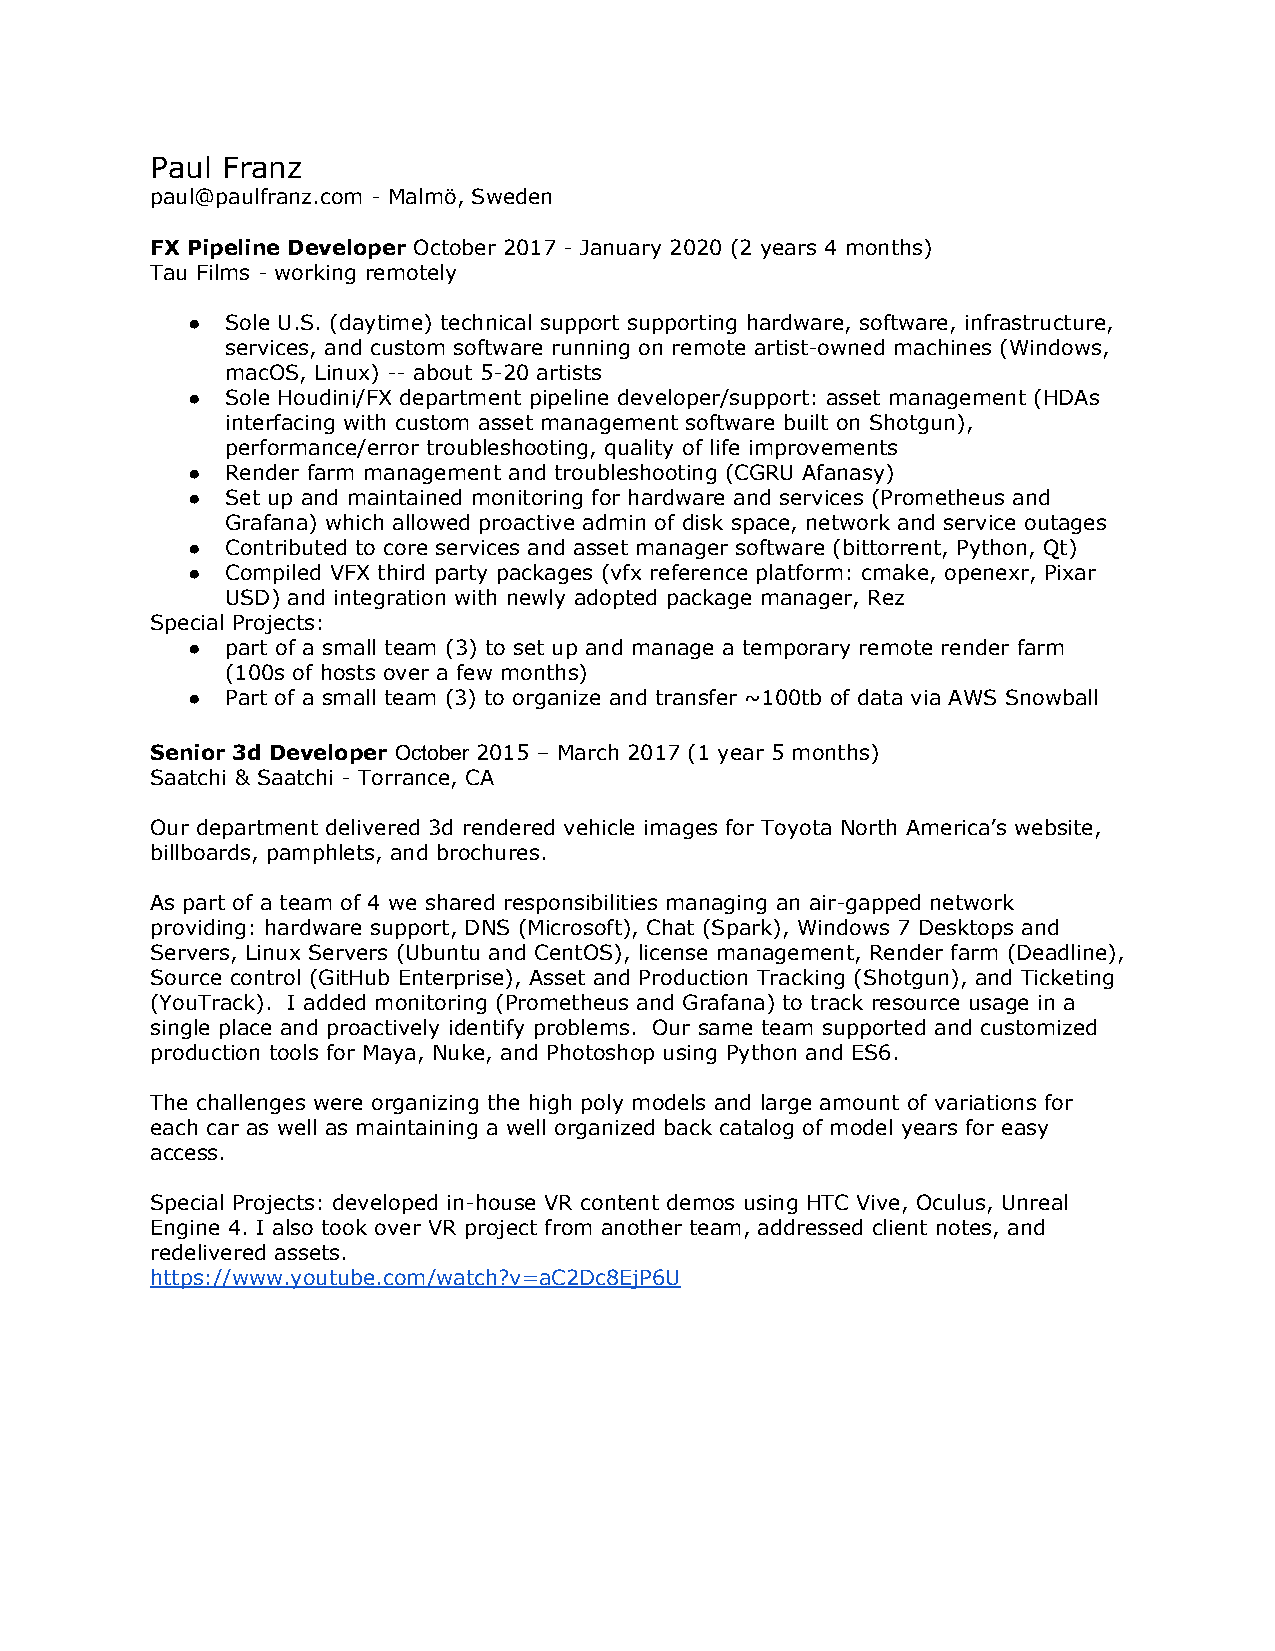
Paul Franz
 paul@paulfranz.com - Malmö, Sweden
 FX Pipeline Developer October 2017 - January 2020 (2 years 4 months)
 Tau Films - working remotely
 ●  Sole U.S. (daytime) technical support supporting hardware, software, infrastructure,
 services, and custom software running on remote artist-owned machines (Windows,
 macOS, Linux) -- about 5-20 artists
 ●  Sole Houdini/FX department pipeline developer/support: asset management (HDAs
 interfacing with custom asset management software built on Shotgun),
 performance/error troubleshooting, quality of life improvements
 ●  Render farm management and troubleshooting (CGRU Afanasy)
 ●  Set up and maintained monitoring for hardware and services (Prometheus and
 Grafana) which allowed proactive admin of disk space, network and service outages
 ●  Contributed to core services and asset manager software (bittorrent, Python, Qt)
 ●  Compiled VFX third party packages (vfx reference platform: cmake, openexr, Pixar
 USD) and integration with newly adopted package manager, Rez
 Special Projects:
 ●  part of a small team (3) to set up and manage a temporary remote render farm
 (100s of hosts over a few months)
 ●  Part of a small team (3) to organize and transfer ~100tb of data via AWS Snowball
 Senior 3d Developer October 2015 – March 2017 (1 year 5 months)
 Saatchi & Saatchi - Torrance, CA
 Our department delivered 3d rendered vehicle images for Toyota North America’s website,
 billboards, pamphlets, and brochures.
 As part of a team of 4 we shared responsibilities managing an air-gapped network
 providing: hardware support, DNS (Microsoft), Chat (Spark), Windows 7 Desktops and
 Servers, Linux Servers (Ubuntu and CentOS), license management, Render farm (Deadline),
 Source control (GitHub Enterprise), Asset and Production Tracking (Shotgun), and Ticketing
 (YouTrack). I added monitoring (Prometheus and Grafana) to track resource usage in a
 single place and proactively identify problems. Our same team supported and customized
 production tools for Maya, Nuke, and Photoshop using Python and ES6.
 The challenges were organizing the high poly models and large amount of variations for
 each car as well as maintaining a well organized back catalog of model years for easy
 access.
 Special Projects: developed in-house VR content demos using HTC Vive, Oculus, Unreal
 Engine 4. I also took over VR project from another team, addressed client notes, and
 redelivered assets.
 https://www.youtube.com/watch?v=aC2Dc8EjP6U